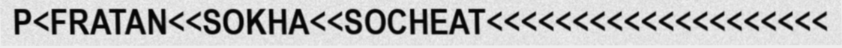
P<FRATAN<<SOKHA<<SOCHEAT<<<<<<<<<<<<<<<<<<<<